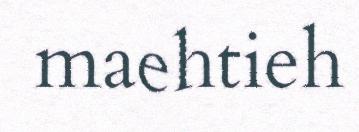
maehtieh